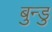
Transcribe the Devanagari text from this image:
बुन्डु